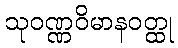
သုဝဏ္ဏဝိမာနဝတ္ထု